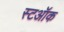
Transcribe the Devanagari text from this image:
स्टऑक